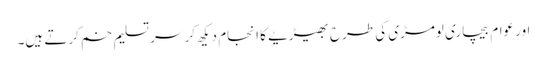
اور عوام بیچاری لومڑی کی طرح بھیڑیے کا انجام دیکھ کر سر تسلیم خم کرتے ہیں۔